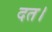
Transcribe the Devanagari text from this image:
दत।